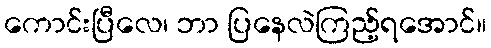
ကောင်းပြီလေ၊ ဘာ ပြနေလဲကြည့်ရအောင်။